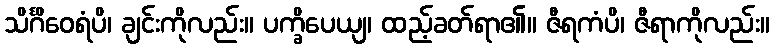
သိင်္ဂိဝေရံပိ၊ ချင်းကိုလည်း။ ပက္ခိပေယျ၊ ထည့်ခတ်ရာ၏။ ဇီရကံပိ၊ ဇီရာကိုလည်း။